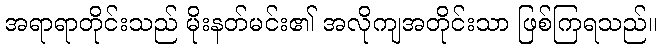
အရာရာတိုင်းသည် မိုးနတ်မင်း၏ အလိုကျအတိုင်းသာ ဖြစ်ကြရသည်။